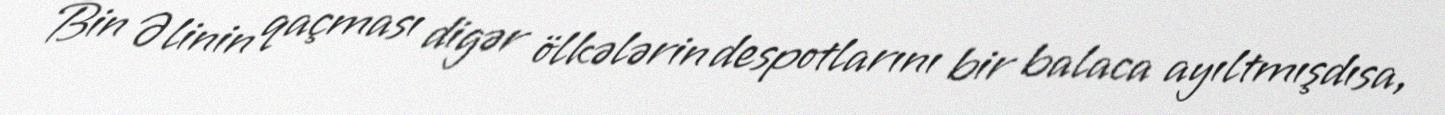
Bin Əlinin qaçması digər ölkələrin despotlarını bir balaca ayıltmışdısa,